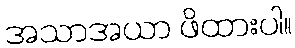
အသာအယာ ဖိထားပါ။